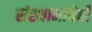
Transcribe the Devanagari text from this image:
संस्थानाचेही